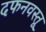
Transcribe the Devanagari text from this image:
दफनवस्तू